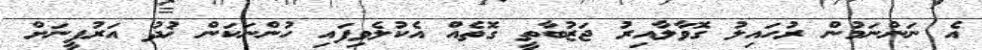
އެ ނަންނަމުން ރުހައިލު ގޮވާލާއިރު ޖަޒުބާތީ ގޮތެއް އެކުލެވިފައި ހުންނަކަން ޚުދު އަރުފީނަށް